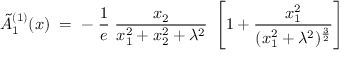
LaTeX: \tilde { A } _ { 1 } ^ { ( 1 ) } ( x ) \; = \; - \; \frac { 1 } { e } \; \frac { x _ { 2 } } { x _ { 1 } ^ { 2 } + x _ { 2 } ^ { 2 } + \lambda ^ { 2 } } \; \left[ 1 + \frac { x _ { 1 } ^ { 2 } } { ( x _ { 1 } ^ { 2 } + \lambda ^ { 2 } ) ^ { \frac { 3 } { 2 } } } \right]